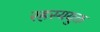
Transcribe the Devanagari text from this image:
रहस्ययुक्त